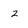
Character: z